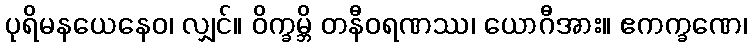
ပုရိမနယေနေဝ၊ လျှင်။ ဝိက္ခမ္ဘိ တနီဝရဏဿ၊ ယောဂီအား။ ဧကက္ခဏေ၊